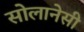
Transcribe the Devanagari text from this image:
सोलानेसी